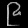
Digit: ၉